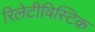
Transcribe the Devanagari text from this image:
रिलेटीविस्टिक